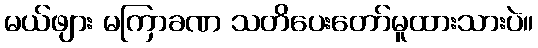
မယ်ဖျား မကြာခဏ သတိပေးတော်မူထားသားပဲ။